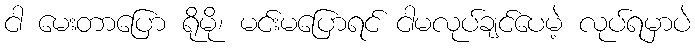
ငါ မေးတာပြော ရိုမို၊ မင်းမပြောရင် ငါမလုပ်ချင်ပေမဲ့ လုပ်ရမှာပဲ